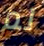
لم